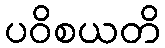
ပဝိစယတိ